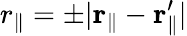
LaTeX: r_{\parallel}=\pm|\mathbf{r}_{\parallel}-\mathbf{r}_{\parallel}^{\prime}|